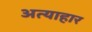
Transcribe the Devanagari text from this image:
अत्याहार